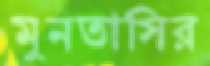
মুনতাসির